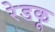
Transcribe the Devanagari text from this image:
रेडकू